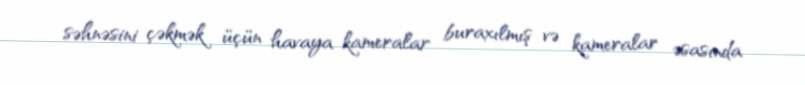
səhnəsini çəkmək üçün havaya kameralar buraxılmış və kameralar əsasında